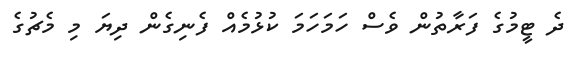
ދެ ޓީމުގެ ފަރާތުން ވެސް ހަމަހަމަ ކުޅުމެއް ފެނިގެން ދިޔަ މި މެޗުގެ